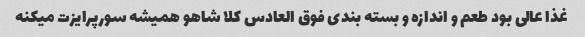
غذا عالی بود طعم و اندازه و بسته بندی فوق العادس کلا شاهو همیشه سورپرایزت میکنه